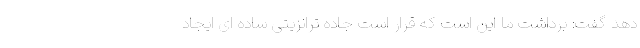
دهد گفت: برداشت ما این است که قرار است جاده ترانزیتی ساده ای ایجاد